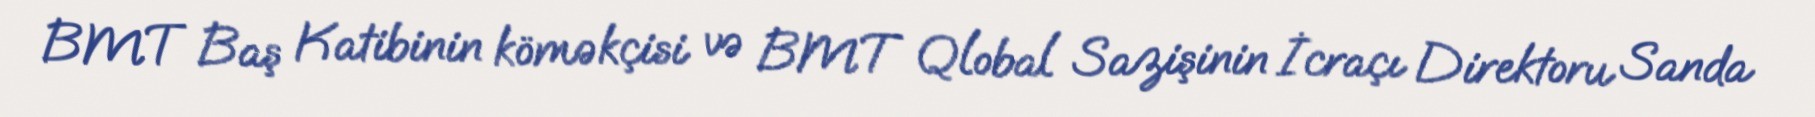
BMT Baş Katibinin köməkçisi və BMT Qlobal Sazişinin İcraçı Direktoru Sanda